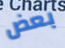
بعض